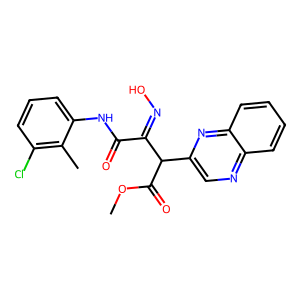
SMILES: COC(=O)C(C(=NO)C(=O)Nc1cccc(Cl)c1C)c1cnc2ccccc2n1
Inhibits HIV replication: No